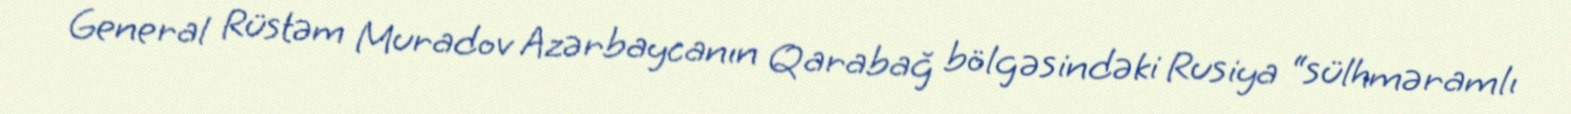
General Rüstəm Muradov Azərbaycanın Qarabağ bölgəsindəki Rusiya “sülhməramlı